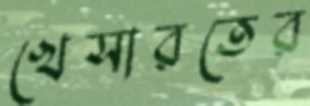
খেসারতের